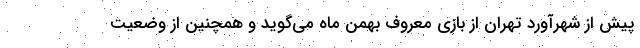
پیش از شهرآورد تهران از بازی معروف بهمن ماه می‌گوید و همچنین از وضعیت